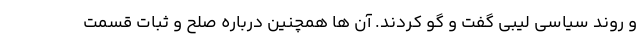
و روند سیاسی لیبی گفت و گو کردند. آن ها همچنین درباره صلح و ثبات قسمت